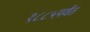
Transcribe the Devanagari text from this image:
१८८५पर्यंत